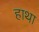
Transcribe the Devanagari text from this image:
हाथा